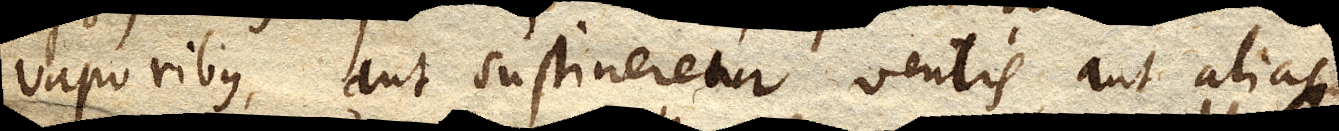
vaporibus, aut sustineretur ventis, aut alias